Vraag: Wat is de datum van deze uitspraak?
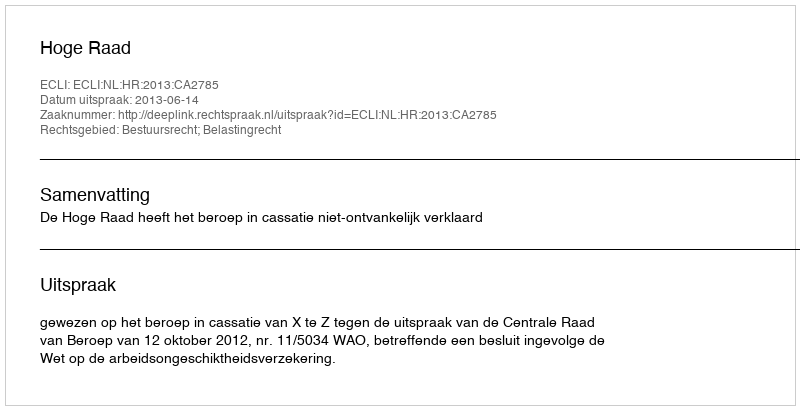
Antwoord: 2013-06-14